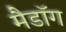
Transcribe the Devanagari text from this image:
मैडॉग